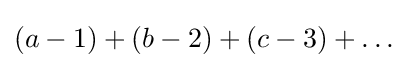
(a-1)+(b-2)+(c-3)+\dots